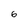
Character: 6